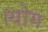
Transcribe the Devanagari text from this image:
।योग